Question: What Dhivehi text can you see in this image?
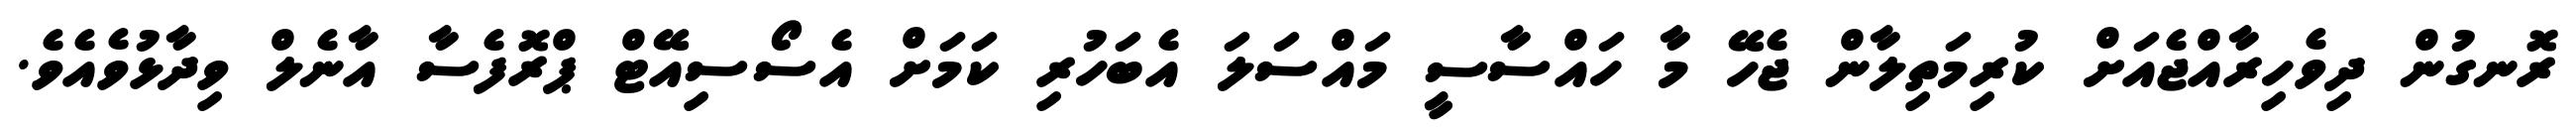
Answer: ރޮނގުން ދިވެހިރާއްޖެއަށް ކުރިމަތިލާން ޖެހޭ މާ ހައްސާސީ މައްސަލަ އެބަހުރި ކަމަށް އެސޯސިއޭޓް ޕްރޮފެސާ އާނެލް ވިދާޅުވެއެވެ.